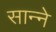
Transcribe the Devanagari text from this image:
सान्ने